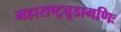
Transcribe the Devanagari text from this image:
महाराष्ट्रचूडामणिः